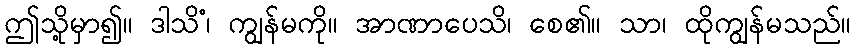
ဤသို့မှာ၍။ ဒါသိံ၊ ကျွန်မကို။ အာဏာပေသိ၊ စေ၏။ သာ၊ ထိုကျွန်မသည်။